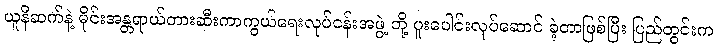
ယူနီဆက်နဲ့ မိုင်းအန္တရာယ်တားဆီးကာကွယ်ရေးလုပ်ငန်းအဖွဲ့ တို့ ပူးပေါင်းလုပ်ဆောင် ခဲ့တာဖြစ်ပြီး ပြည်တွင်းက